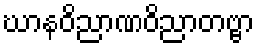
ဃာနဝိညာဏဝိညာတဗ္ဗာ